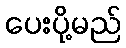
ပေးပို့မည်